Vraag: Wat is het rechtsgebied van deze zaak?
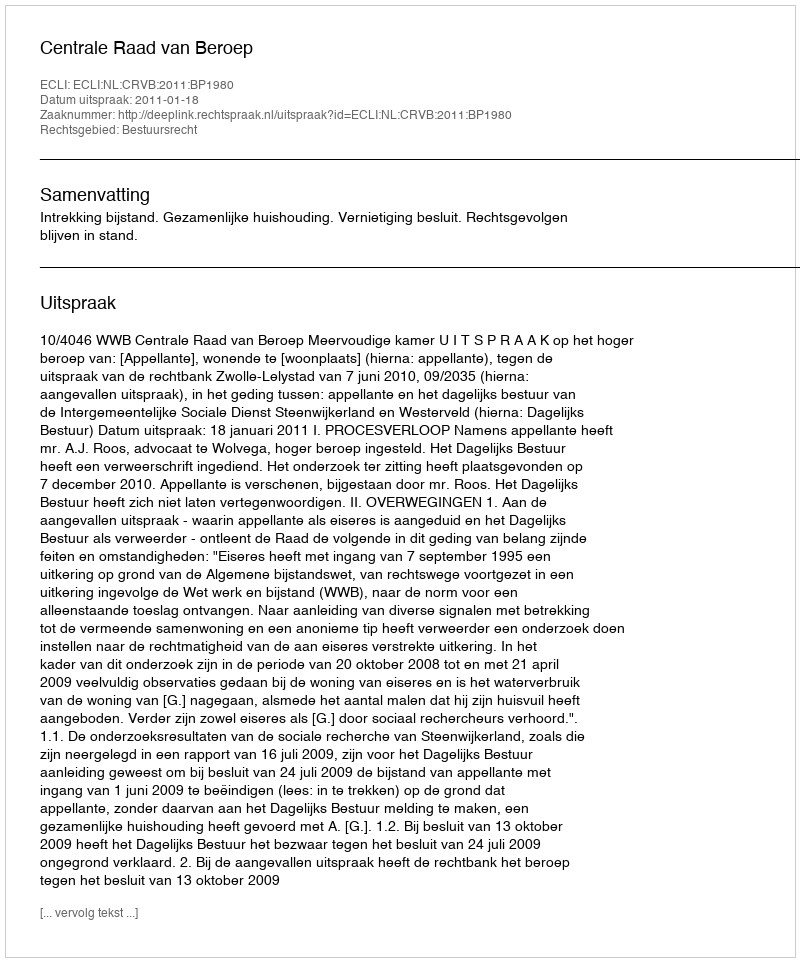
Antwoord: Bestuursrecht